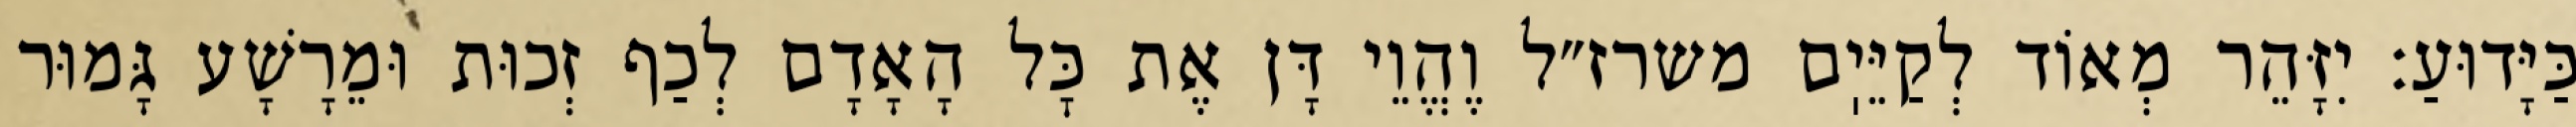
כַּיָּדוּעַ: יִזָּהֵר מְאוֹד לְקַיֵּיֽם משרז״ל וֶהֱוֵי דָּן אֶת כׇּל הָאָדָם לְכַף זְכוּת וּמֵרָשָׁע גָּמוּר